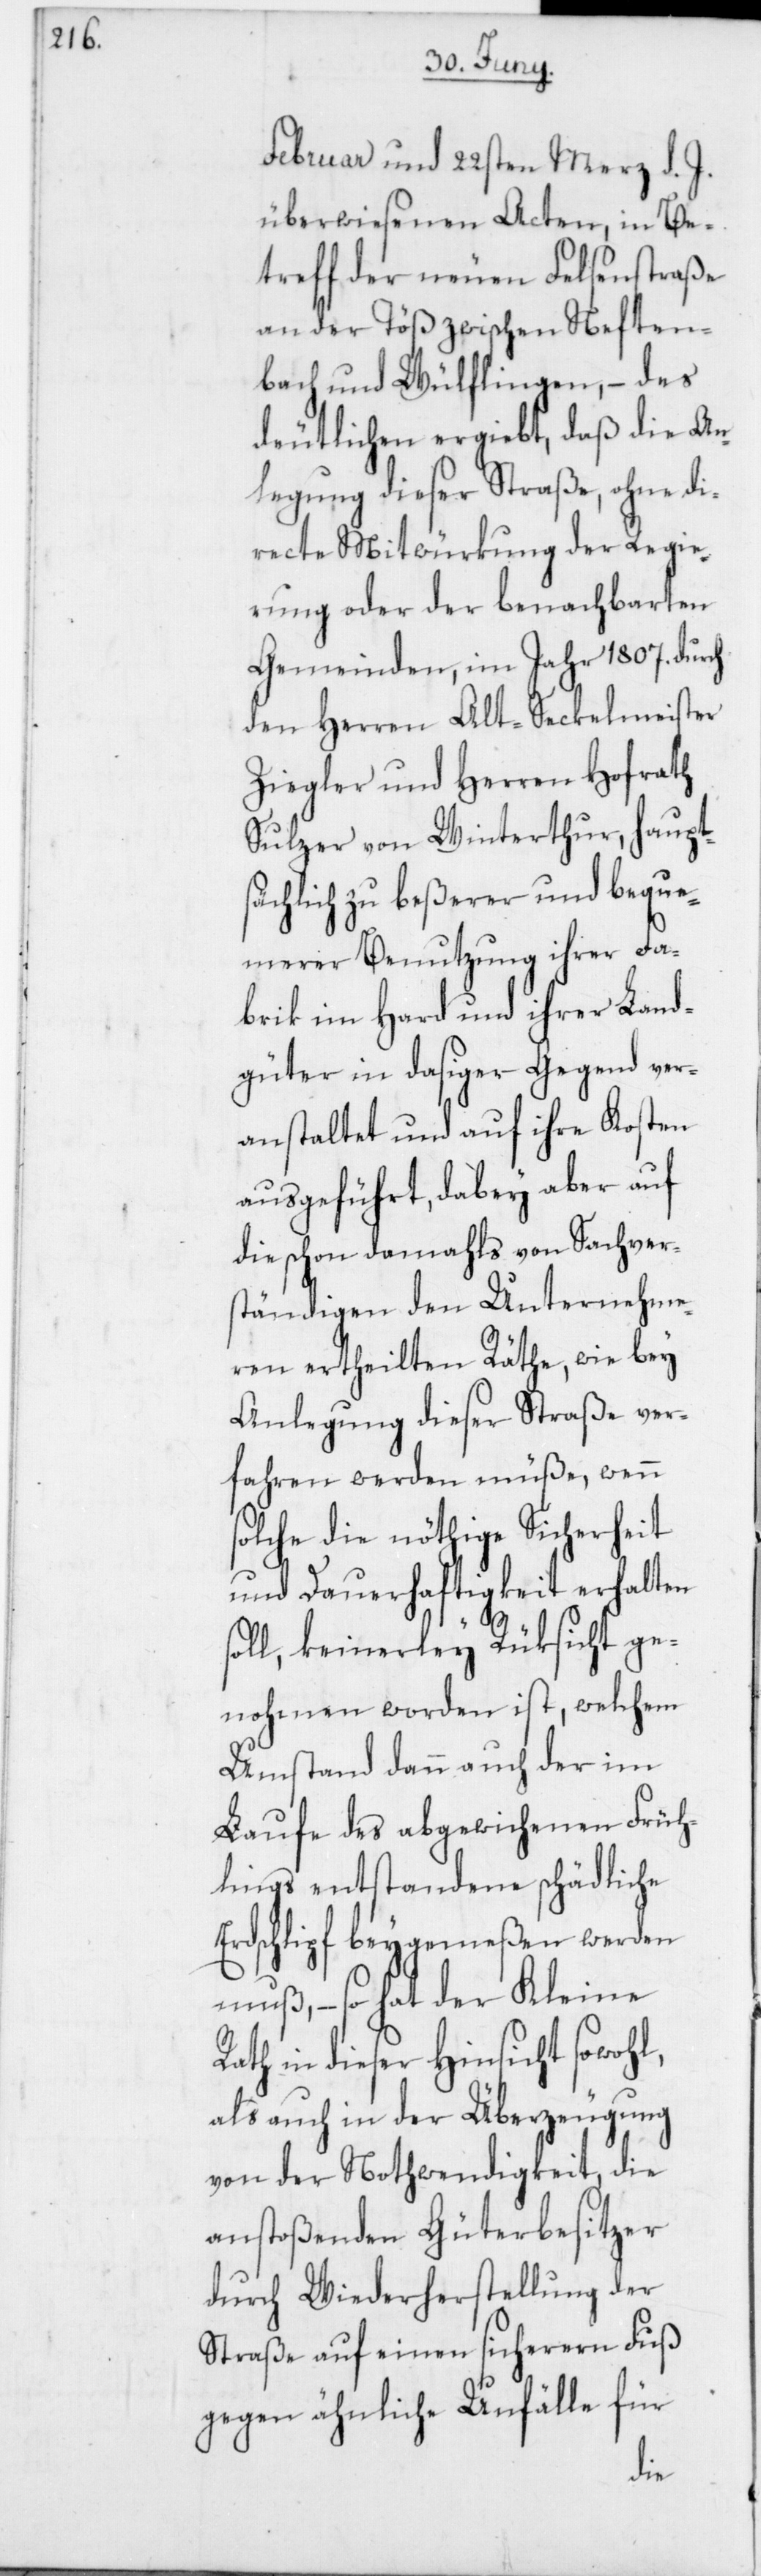
Februar und 22sten März d. J.
überwiesenen Acten, in Be¬
treff der neuen Felsenstraße
an der Töß zwischen Neften¬
bach und Wülflingen, – des
deutlichen ergiebt, daß die An¬
legung dieser Straße, ohne di¬
recte Mitwürkung der Regie¬
rung oder der benachbarten
Gemeinden, im Jahr 1807. durch
den Herren Alt-Seckelmeister
Ziegler und Herren Hofrath
Sulzer von Winterthur, haupt¬
sächlich zu beßerer und beque¬
merer Benutzung ihrer Fa¬
brik im Hard und ihrer Land¬
güter in dasiger Gegend ver¬
anstaltet und auf ihre Kosten
ausgeführt, dabey aber auf
die schon damahls von Sachver¬
ständigen den Unternehme¬
ren ertheilten Räthe, wie bey
Anlegung dieser Straße ver¬
fahren werden müße, wenn
solche die nöthige Sicherheit
und Dauerhaftigkeit erhalten
soll, keinerley Rüksicht ge¬
nohmen worden ist, welchem
Umstand dann auch der im
Laufe des abgewichenen Früh¬
lings entstandene schädliche
Erdschlipf beygemeßen werden
muß, – so hat der Kleine
Rath in dieser Hinsicht sowohl,
als auch in der Überzeugung
von der Nothwendigkeit, die
anstoßenden Güterbesitzer
durch Wiederherstellung der
Straße auf einen sichereren Fuß
gegen ähnliche Unfälle für